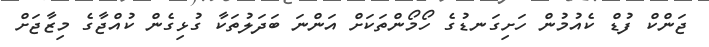
ޖަންކް ފުޑް ކެއުމުން ހަށިގަނޑުގެ ހޯމޯންތަކަށް އަންނަ ބަދަލުތަކާ ގުޅިގެން ކުއްޖާގެ މިޒާޖަށް